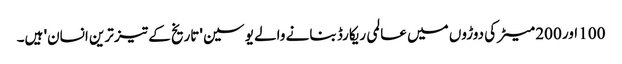
100 اور 200 میٹر کی دوڑوں میں عالمی ریکارڈ بنانے والے یوسین 'تاریخ کے تیز ترین انسان' ہیں۔